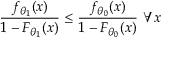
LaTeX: { \frac { f _ { \theta _ { 1 } } ( x ) } { 1 - F _ { \theta _ { 1 } } ( x ) } } \leq { \frac { f _ { \theta _ { 0 } } ( x ) } { 1 - F _ { \theta _ { 0 } } ( x ) } } \ \forall x